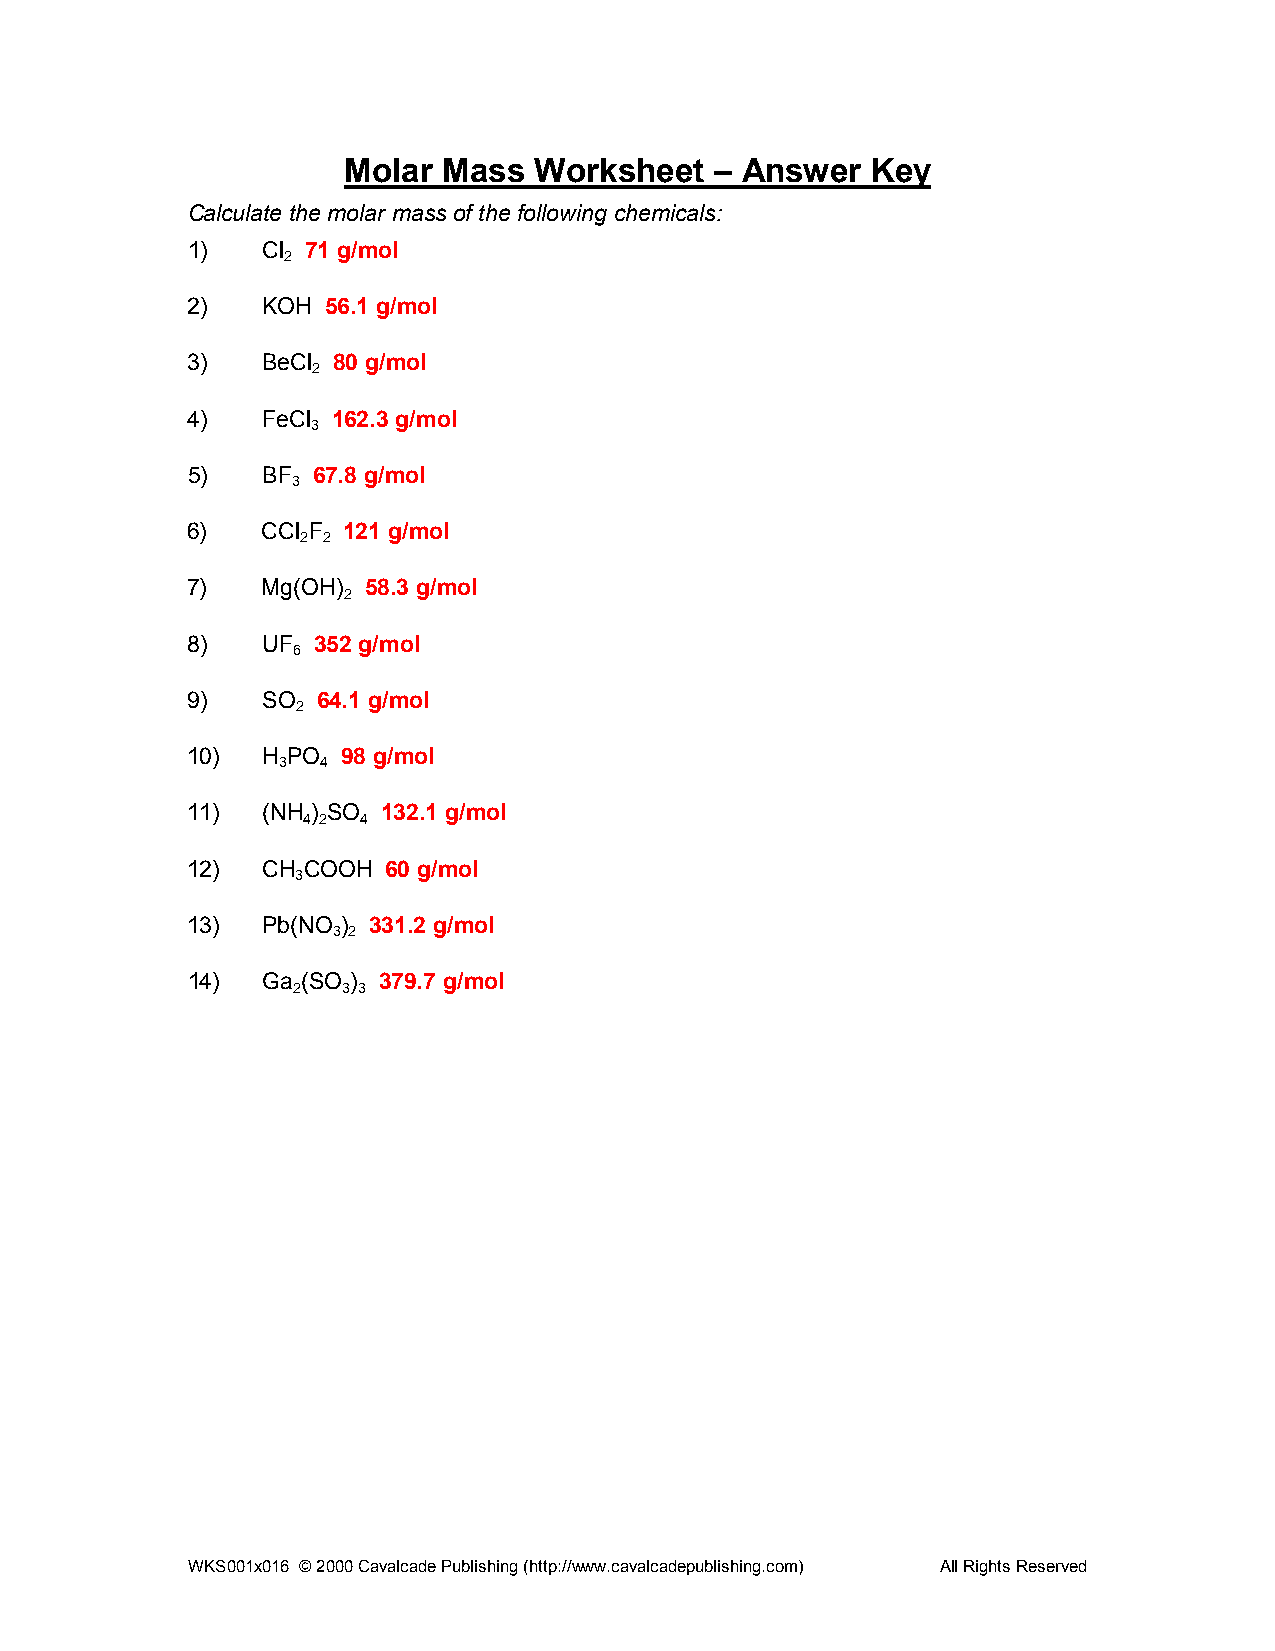
Molar Mass  Worksheet   – Answer   Key
 Calculate the molar mass of the following chemicals:
 1)   Cl 71 g/mol
 2
 2)   KOH  56.1 g/mol
 3)   BeCl 80 g/mol
 2
 4)   FeCl 162.3 g/mol
 3
 5)   BF  67.8 g/mol
 3
 6)   CCl F 121 g/mol
 2 2
 7)   Mg(OH) 58.3 g/mol
 2
 8)   UF  352 g/mol
 6
 9)   SO  64.1 g/mol
 2
 10)  H PO  98 g/mol
 3  4
 11)  (NH ) SO 132.1 g/mol
 4 2 4
 12)  CH COOH  60 g/mol
 3
 13)  Pb(NO ) 331.2 g/mol
 3 2
 14)  Ga (SO ) 379.7 g/mol
 2   3 3
 WKS001x016 © 2000 Cavalcade Publishing (http://www.cavalcadepublishing.com) All Rights Reserved